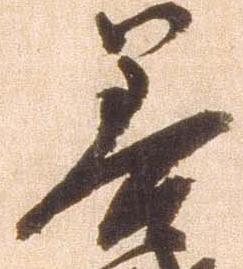
善